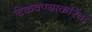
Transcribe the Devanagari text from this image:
टिकवण्याकरिता